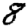
Digit: 8